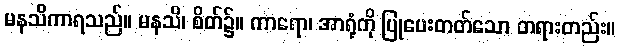
မနသိကာရသည်။ မနသိ၊ စိတ်၌။ ကာရော၊ အာရုံကို ပြုပေးတတ်သော တရားတည်း။